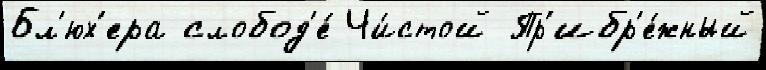
Бл'юх'ера слобод'е́ Чи́стой Пр'ибр'е́жный